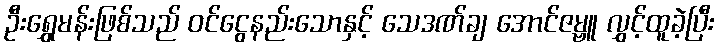
ဦးရွှေမန်းဖြစ်သည် ဝင်ငွေနည်းသောနှင့် သေဒဏ်ချ အောင်ဇမ္ဗူ လွှင့်ထူခဲ့ပြီး